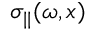
\sigma _ { | | } ( \omega , x )